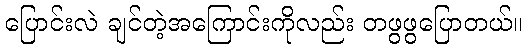
ပြောင်းလဲ ချင်တဲ့အကြောင်းကိုလည်း တဖွဖွပြောတယ်။